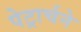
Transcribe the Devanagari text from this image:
पेट्रार्चने